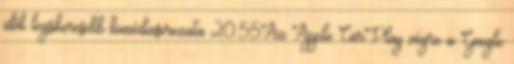
idők legsikeresebb komédiasorozata 20:55Az Apple CarPlay végre a Google